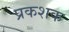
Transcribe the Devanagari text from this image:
प्रकशक